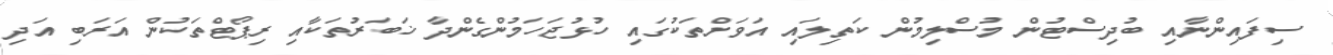
ސިފައިންނާއި ބުދިސްޓުން މުސްލިމުން ކަތިލައި އަވަށްތަކުގައި ހުޅުޖަހަމުންގެންދާ ޚަބަރުތަކާއި ރިޕޯޓްތަކުން އަރަބި އަދި